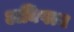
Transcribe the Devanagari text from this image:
अघिपत्य